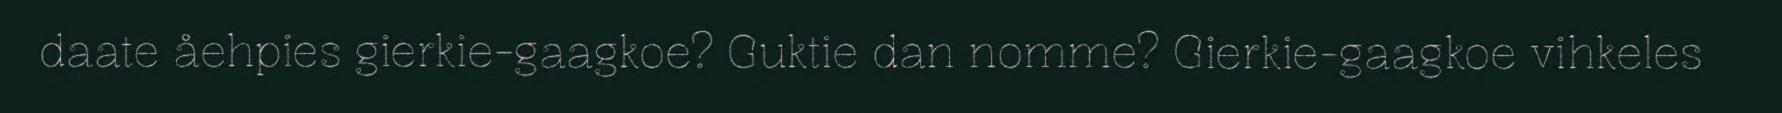
daate åehpies gierkie-gaagkoe? Guktie dan nomme? Gierkie-gaagkoe vihkeles